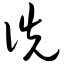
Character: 诜